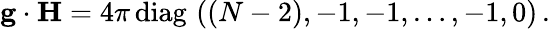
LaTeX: {\mathbf g}\cdot{\mathbf H}={4\pi}\, \mathrm{diag}\, \, ((N-2),-1,-1,\dots,-1,0)\, .